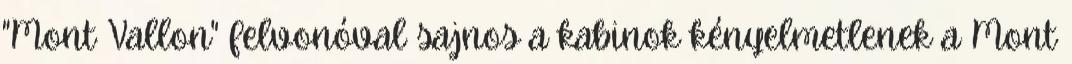
"Mont Vallon" felvonóval sajnos a kabinok kényelmetlenek a Mont